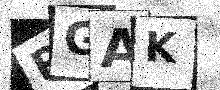
Text: PGAK